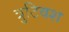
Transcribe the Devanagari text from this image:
त्रुटिवश